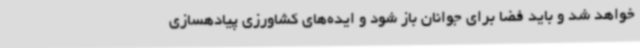
خواهد شد و باید فضا برای جوانان باز شود و ایده‌های کشاورزی پیادهسازی